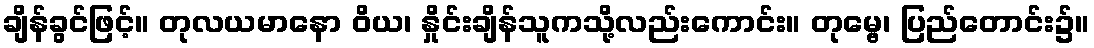
ချိန်ခွင်ဖြင့်။ တုလယမာနော ဝိယ၊ နှိုင်းချိန်သူကသို့လည်းကောင်း။ တုမ္ဗေ၊ ပြည်တောင်း၌။